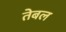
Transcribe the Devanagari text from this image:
तेबल